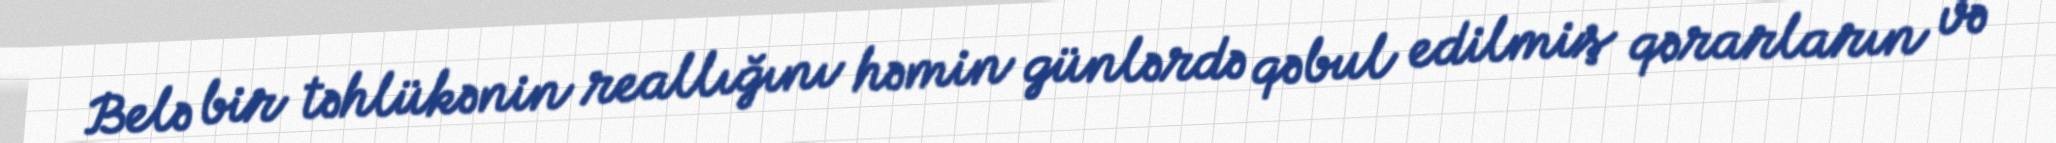
Belə bir təhlükənin reallığını həmin günlərdə qəbul edilmiş qərarların və